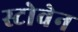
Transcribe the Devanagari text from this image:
स्टोवेन